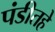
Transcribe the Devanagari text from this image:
पंडीतहे